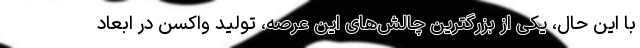
با این حال، یکی از بزرگترین چالش‌های این عرصه، تولید واکسن در ابعاد